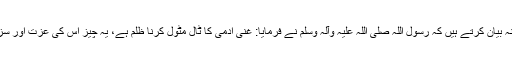
سیدنا شرید ‌رضی ‌اللہ ‌عنہ بیان کرتے ہیں کہ رسول اللہ ‌صلی ‌اللہ ‌علیہ ‌وآلہ ‌وسلم نے فرمایا: غنی آدمی کا ٹال مٹول کرنا ظلم ہے، یہ چیز اس کی عزت اور سزا کو حلال کر دیتی ہے۔